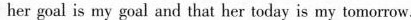
her goal is my goal and that her today is my tomorrow.